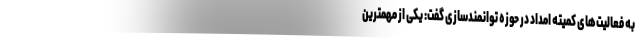
به فعالیت‌های کمیته امداد در حوزه توانمندسازی گفت: یکی از مهمترین